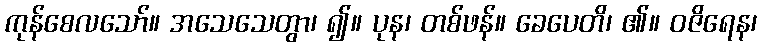
ကုန်စေလသော်။ အသေသေတွာ၊ ၍။ ပုန၊ တစ်ဖန်။ ခေပေတိ၊ ၏။ ဝဇိရေန၊